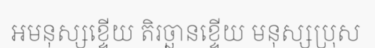
អមនុស្សខ្ទើយ តិរច្ឆានខ្ទើយ មនុស្សប្រុស